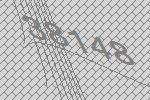
38148